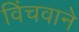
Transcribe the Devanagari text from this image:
विंचवाने